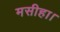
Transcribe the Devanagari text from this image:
मसीहा।